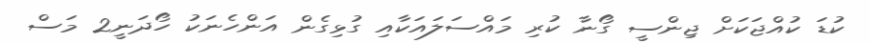
ކުޑަ ކުއްޖަކަށް ޖިންސީ ގޯނާ ކުރި މައްސަލައަކާއި ގުޅިގެން އަންހެނަކު ހޯދަނީ2 މަސް